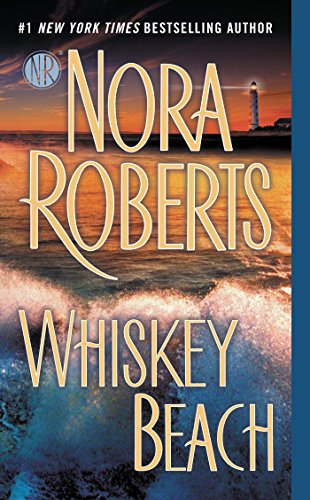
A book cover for Whiskey Beach; Nora Roberts; Romance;